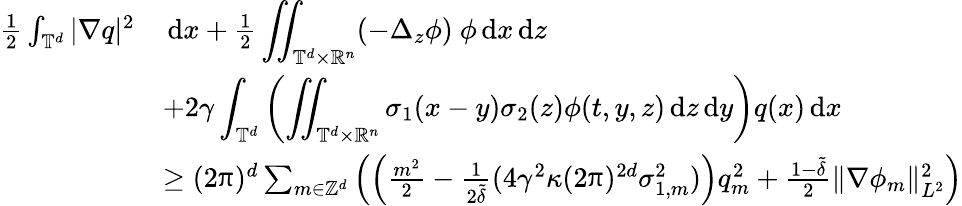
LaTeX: \begin{array}{rl}{\frac 12\int_{\mathbb{T}^{d}}|\nabla q|^{2}}&{\, {\mathrm{d}}x+\frac 12\displaystyle\iint_{\mathbb T^{d}\times\mathbb R^{n}}(-\Delta_{z}\phi)\ \phi\, {\mathrm{d}}x\, {\mathrm{d}}z}\\ &{+2\gamma\displaystyle\int_{\mathbb T^{d}}\left(\displaystyle\iint_{\mathbb T^{d}\times\mathbb R^{n}}\sigma_{1}(x-y)\sigma_{2}(z)\phi(t,y,z)\, {\mathrm{d}}z\, {\mathrm{d}}y\right)q(x)\, {\mathrm{d}}x}\\ &{\ge(2\uppi)^{d}\sum_{m\in\mathbb{Z}^{d}}\left(\left(\frac{m^{2}}{2}-\frac{1}{2\tilde{\delta}}(4\gamma^{2}\kappa(2\uppi)^{2d}\sigma_{1,m}^{2})\right)q_{m}^{2}+\frac{1-\tilde{\delta}}{2}\| \nabla\phi_{m}\| _{L^{2}}^{2}\right)}\end{array}